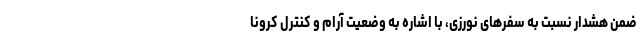
ضمن هشدار نسبت به سفرهای نورزی، با اشاره به وضعیت آرام و کنترل کرونا